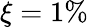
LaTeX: \xi=1\%